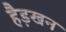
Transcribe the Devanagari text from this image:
हैड़खन